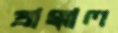
প্রাক্কাল